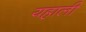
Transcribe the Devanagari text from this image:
यहाली